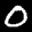
Label: 0